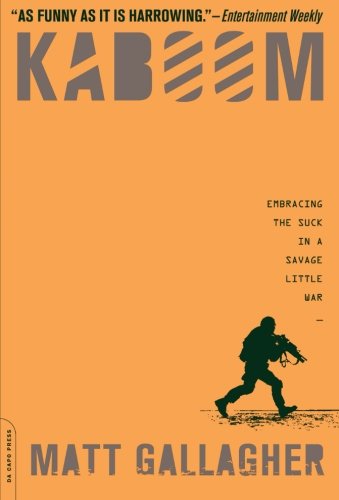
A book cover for Kaboom: Embracing the Suck in a Savage Little War; Matt Gallagher; History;